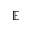
\mathbb { E }